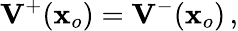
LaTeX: {{\mathbf V}}^{+}({\mathbf x}_{o})={{\mathbf V}}^{-}({\mathbf x}_{o})\, ,